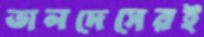
ভালদেসেরই